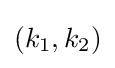
(k_{1},k_{2})